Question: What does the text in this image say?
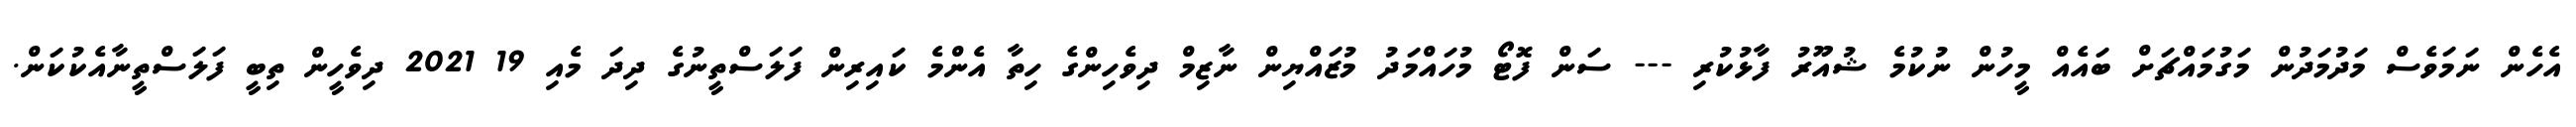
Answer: އެހެން ނަމަވެސް މަދުމަދުން މަގުމައްޗަށް ބައެއް މީހުން ނުކުމެ ޝުއޫރު ފާޅުކުރި --- ސަން ފޮޓޯ މުހައްމަދު މުޒައްޔިން ނާޒިމް ދިވެހިންގެ ހިތާ އެންމެ ކައިރިން ފަލަސްތީނުގެ ދިދަ މެއި 19 2021 ދިވެހީން ތިބީ ފަލަސްތީނާއެކުކަން.